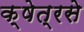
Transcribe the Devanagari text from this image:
क्षेत्रसे